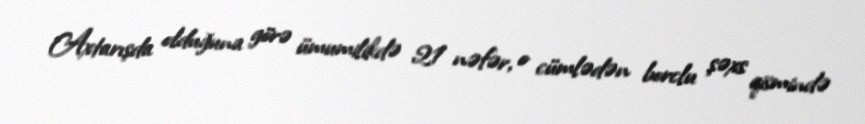
Axtarışda olduğuna görə ümumilikdə 21 nəfər, o cümlədən borclu şəxs qismində